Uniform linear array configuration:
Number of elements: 32
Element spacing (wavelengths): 1
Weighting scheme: kaiser
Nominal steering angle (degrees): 60
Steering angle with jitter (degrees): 58.329
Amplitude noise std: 0.05
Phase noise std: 0.05

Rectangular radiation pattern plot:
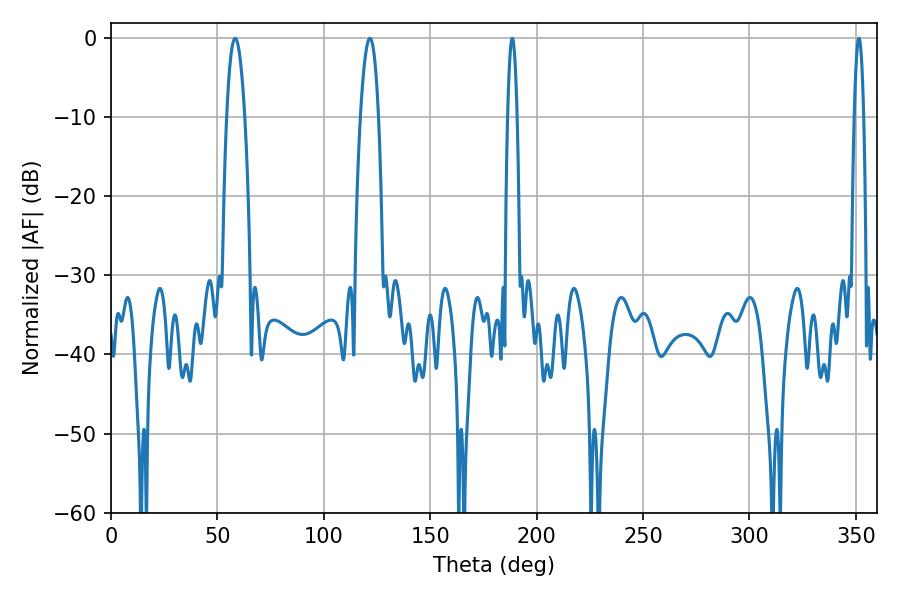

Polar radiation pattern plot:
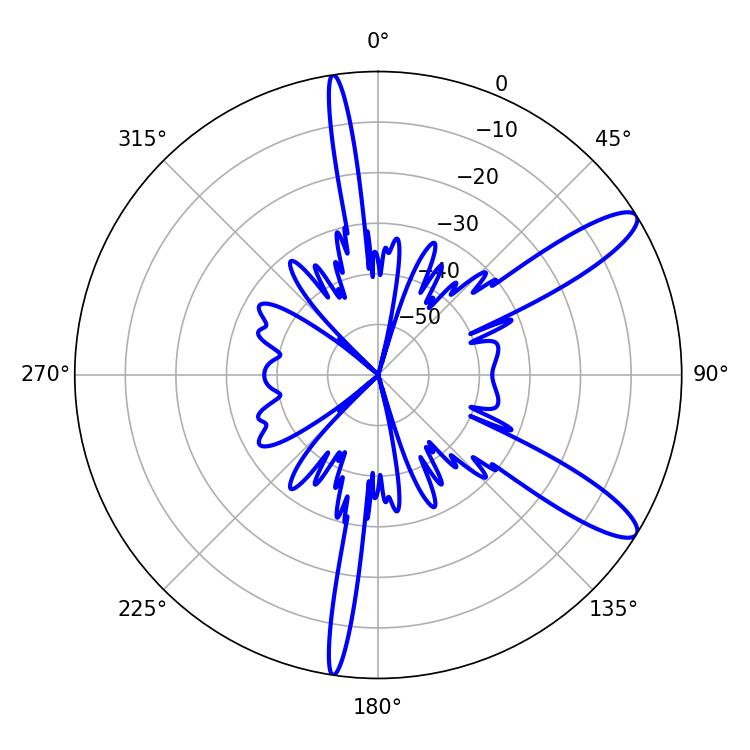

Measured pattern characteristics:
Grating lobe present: TRUE
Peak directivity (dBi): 11.647
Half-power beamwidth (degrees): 4.68
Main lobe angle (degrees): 58.32